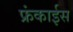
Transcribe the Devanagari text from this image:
फ्रंकाईस